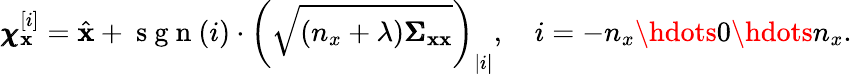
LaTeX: \pmb{\chi}_{\mathbf{x}}^{[i]}=\hat{\mathbf{x}}+\mathrm{~s~g~n~}(i)\cdot\left(\sqrt{(n_{x}+\lambda)\pmb{\Sigma}_{\mathbf{xx}}}\right)_{|i|},\quad i=-n_{x}\hdots 0\hdots n_{x}.